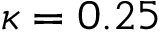
\kappa = 0 . 2 5